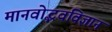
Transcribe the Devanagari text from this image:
मानवोद्भवविज्ञान